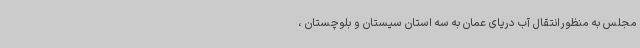
مجلس به منظورانتقال آب دریای عمان به سه استان سیستان و بلوچستان ،